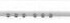
……